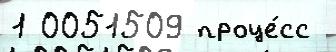
1 0051509 проце́сс